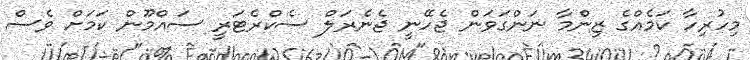
މިހުރިހާ ކަމެއްގެ ޒިންމާ ނަންގަވަން ޖެހޭނީ ޖެނެރަލް ސެކްރެޓަރީ ސައްމޫން ކަމަށް ވެސް